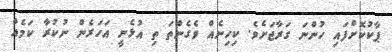
ޕާކުކޮށްފައި ހުންނަ ގަރާޖަށެވެ. ކިހިނެއް ވެގެންތަ ތި އުޅެނީ އަހަރެން ނުކުރާ ކަމެއް